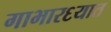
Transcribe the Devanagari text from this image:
गाभार६यात